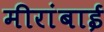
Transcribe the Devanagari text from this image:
मीरांबाई